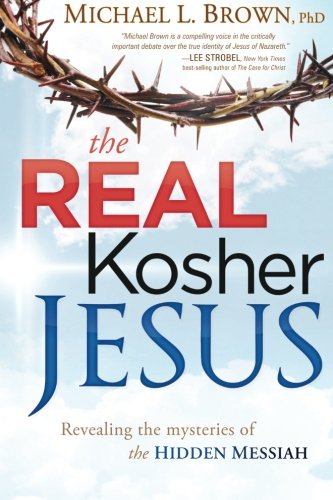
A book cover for The Real Kosher Jesus: Revealing the Mysteries of the Hidden Messiah; Michael L. Brown; Christian Books & Bibles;